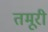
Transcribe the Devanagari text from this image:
तमूरी